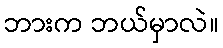
ဘားက ဘယ်မှာလဲ။